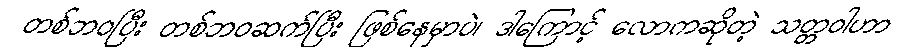
တစ်ဘဝပြီး တစ်ဘဝဆက်ပြီး ဖြစ်နေမှာပဲ၊ ဒါကြောင့် လောကဆိုတဲ့ သတ္တဝါဟာ